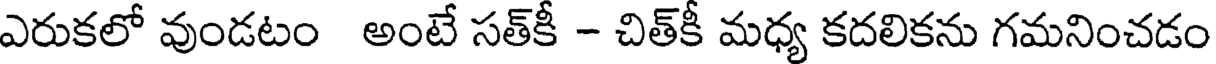
ఎరుకలో వుండటం అంటే సత్కీ - చిత్కీ మధ్య కదలికను గమనించడం